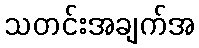
သတင်းအချက်အ